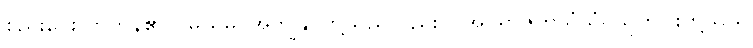
စည်းဝေးလာကုန်၏။ (မယမ္ပိ၊ အကျွန်ုပ်တို့သည်လည်း။) အပရာဇိတသံဃံ၊ သူတပါးတို့သည်